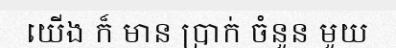
យើង ក៏ មាន ប្រាក់ ចំនួន មួយ